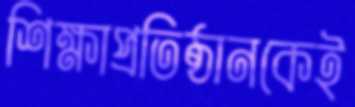
শিক্ষাপ্রতিষ্ঠানকেই